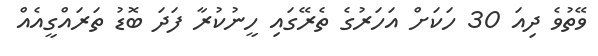
ވޭތުވެ ދިއަ 30 ހަކަށް އަހަރުގެ ތެރޭގައި ހީނުކުރާ ފަދަ ބޮޑު ތަރައްގީއެއް